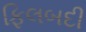
ફિલબદી